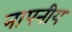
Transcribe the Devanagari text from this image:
नापनीय